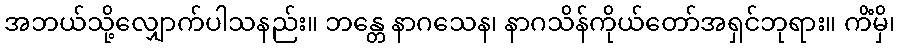
အဘယ်သို့လျှောက်ပါသနည်း။ ဘန္တေ နာဂသေန၊ နာဂသိန်ကိုယ်တော်အရှင်ဘုရား။ ကိံမှိ၊